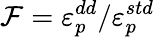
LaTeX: {\cal F}=\varepsilon_{p}^{dd}/\varepsilon_{p}^{std}